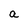
Character: a